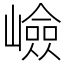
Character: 嶮